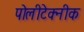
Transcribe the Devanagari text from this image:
पोलीटेक्‍नीक